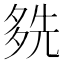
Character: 𡖬